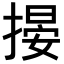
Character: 𢲋